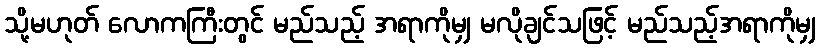
သို့မဟုတ် လောကကြီးတွင် မည်သည့် အရာကိုမျှ မလိုချင်သဖြင့် မည်သည့်အရာကိုမျှ